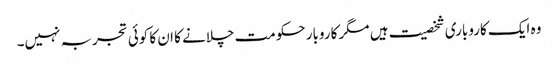
وہ ایک کاروباری شخصیت ہیں مگر کاروبار حکومت چلانے کا ان کا کوئی تجربہ نہیں۔